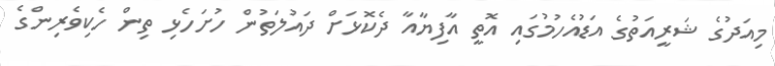
މިއަދުގެ ޝަރީއަތުގެ އަޑުއެހުމުގައި އޮތީ އާފިޔާއާ ދެކޮޅަށް ދައުލަތުން ހުށަހެޅި ތިން ހެކިވެރިންގެ